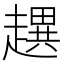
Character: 趩